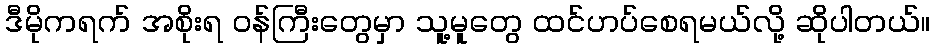
ဒီမိုကရက် အစိုးရ ဝန်ကြီးတွေမှာ သူ့မူတွေ ထင်ဟပ်စေရမယ်လို့ ဆိုပါတယ်။